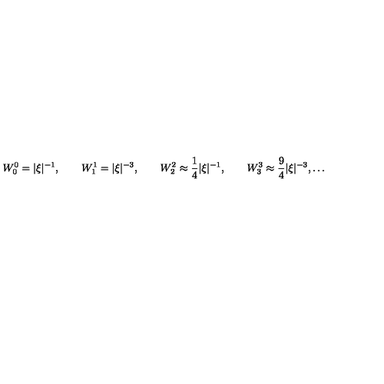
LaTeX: W _ { 0 } ^ { 0 } = | \xi | ^ { - 1 } , \qquad W _ { 1 } ^ { 1 } = | \xi | ^ { - 3 } , \qquad W _ { 2 } ^ { 2 } \approx \frac 1 4 | \xi | ^ { - 1 } , \qquad W _ { 3 } ^ { 3 } \approx \frac 9 4 | \xi | ^ { - 3 } , \ldots